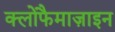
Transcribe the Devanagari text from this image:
क्लोफैमाज़ाइन